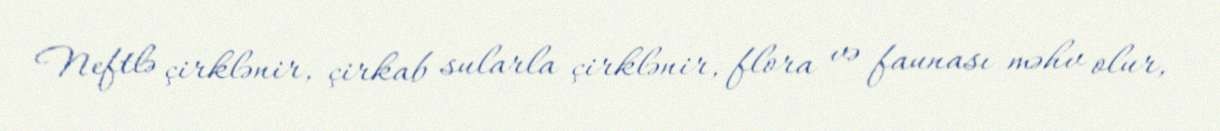
Neftlə çirklənir, çirkab sularla çirklənir, flora və faunası məhv olur,